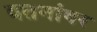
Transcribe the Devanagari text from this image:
वतनांवर